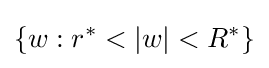
\{w:r^{*}<|w|<R^{*}\}